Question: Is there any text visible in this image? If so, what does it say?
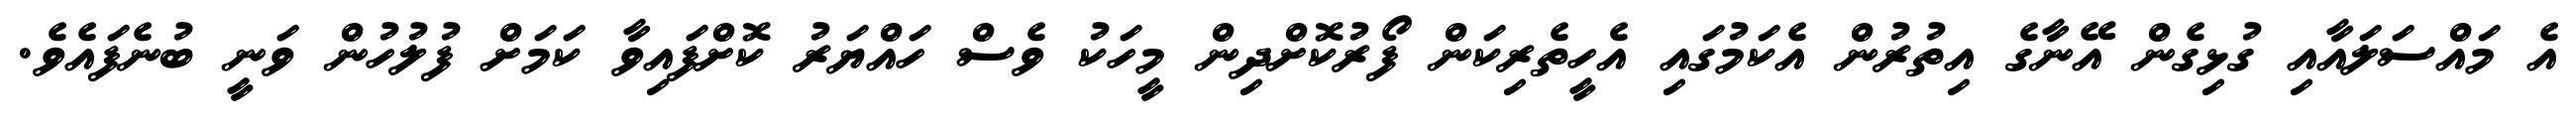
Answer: އެ މައްސަލައާއި ގުޅިގެން އޭނާގެ އިތުރުން އެކަމުގައި އެހީތެރިކަން ފޯރުކޮށްދިން މީހަކު ވެސް ހައްޔަރު ކޮށްފައިވާ ކަމަށް ފުލުހުން ވަނީ ބުނެފައެވެ.